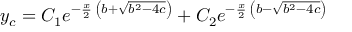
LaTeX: y _ { c } = C _ { 1 } e ^ { - { \frac { x } { 2 } } \, \left( b + { \sqrt { b ^ { 2 } - 4 c } } \right) } + C _ { 2 } e ^ { - { \frac { x } { 2 } } \, \left( b - { \sqrt { b ^ { 2 } - 4 c } } \right) }